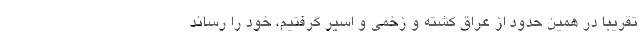
تقریبا در همین حدود از عراق کشته و زخمی و اسیر گرفتیم، خود را رساند